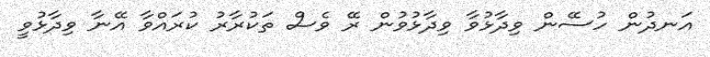
އަނދުން ހުސޭން ވިދާޅުވާ ވިދާޅުވުން ރޭ ވެސް ތަކުރާރު ކުރައްވާ އޭނާ ވިދާޅުވީ